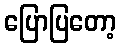
ပြောပြတော့